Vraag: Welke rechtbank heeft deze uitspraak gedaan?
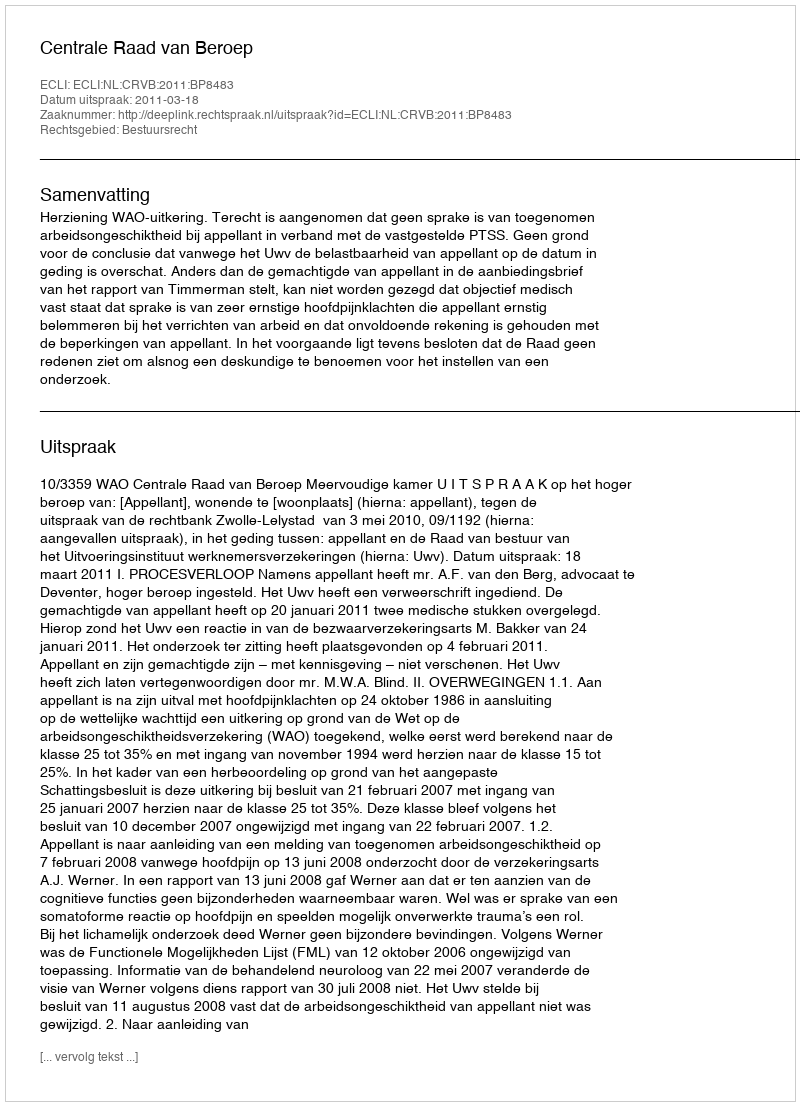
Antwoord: Centrale Raad van Beroep